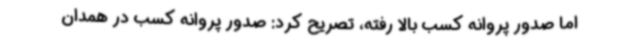
اما صدور پروانه کسب بالا رفته، تصریح کرد: صدور پروانه کسب در همدان